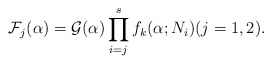
\begin{align*}\mathcal F_j(\alpha)=\mathcal G(\alpha)\prod_{i = j}^sf_k(\alpha;N_i)(j = 1,2).\end{align*}